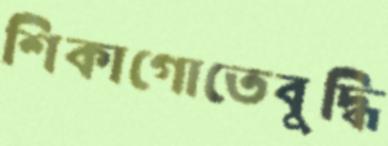
শিকাগোতেবুদ্ধি